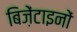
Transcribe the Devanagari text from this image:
बिज़ेंटाइनों